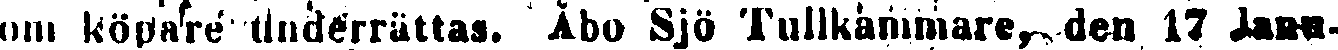
om köpare underrättas. Åbo Sjö Tullkammare, den 17 Janu-